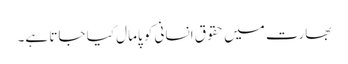
بھارت میں حقوق انسانی کو پامال کیا جاتا ہے۔